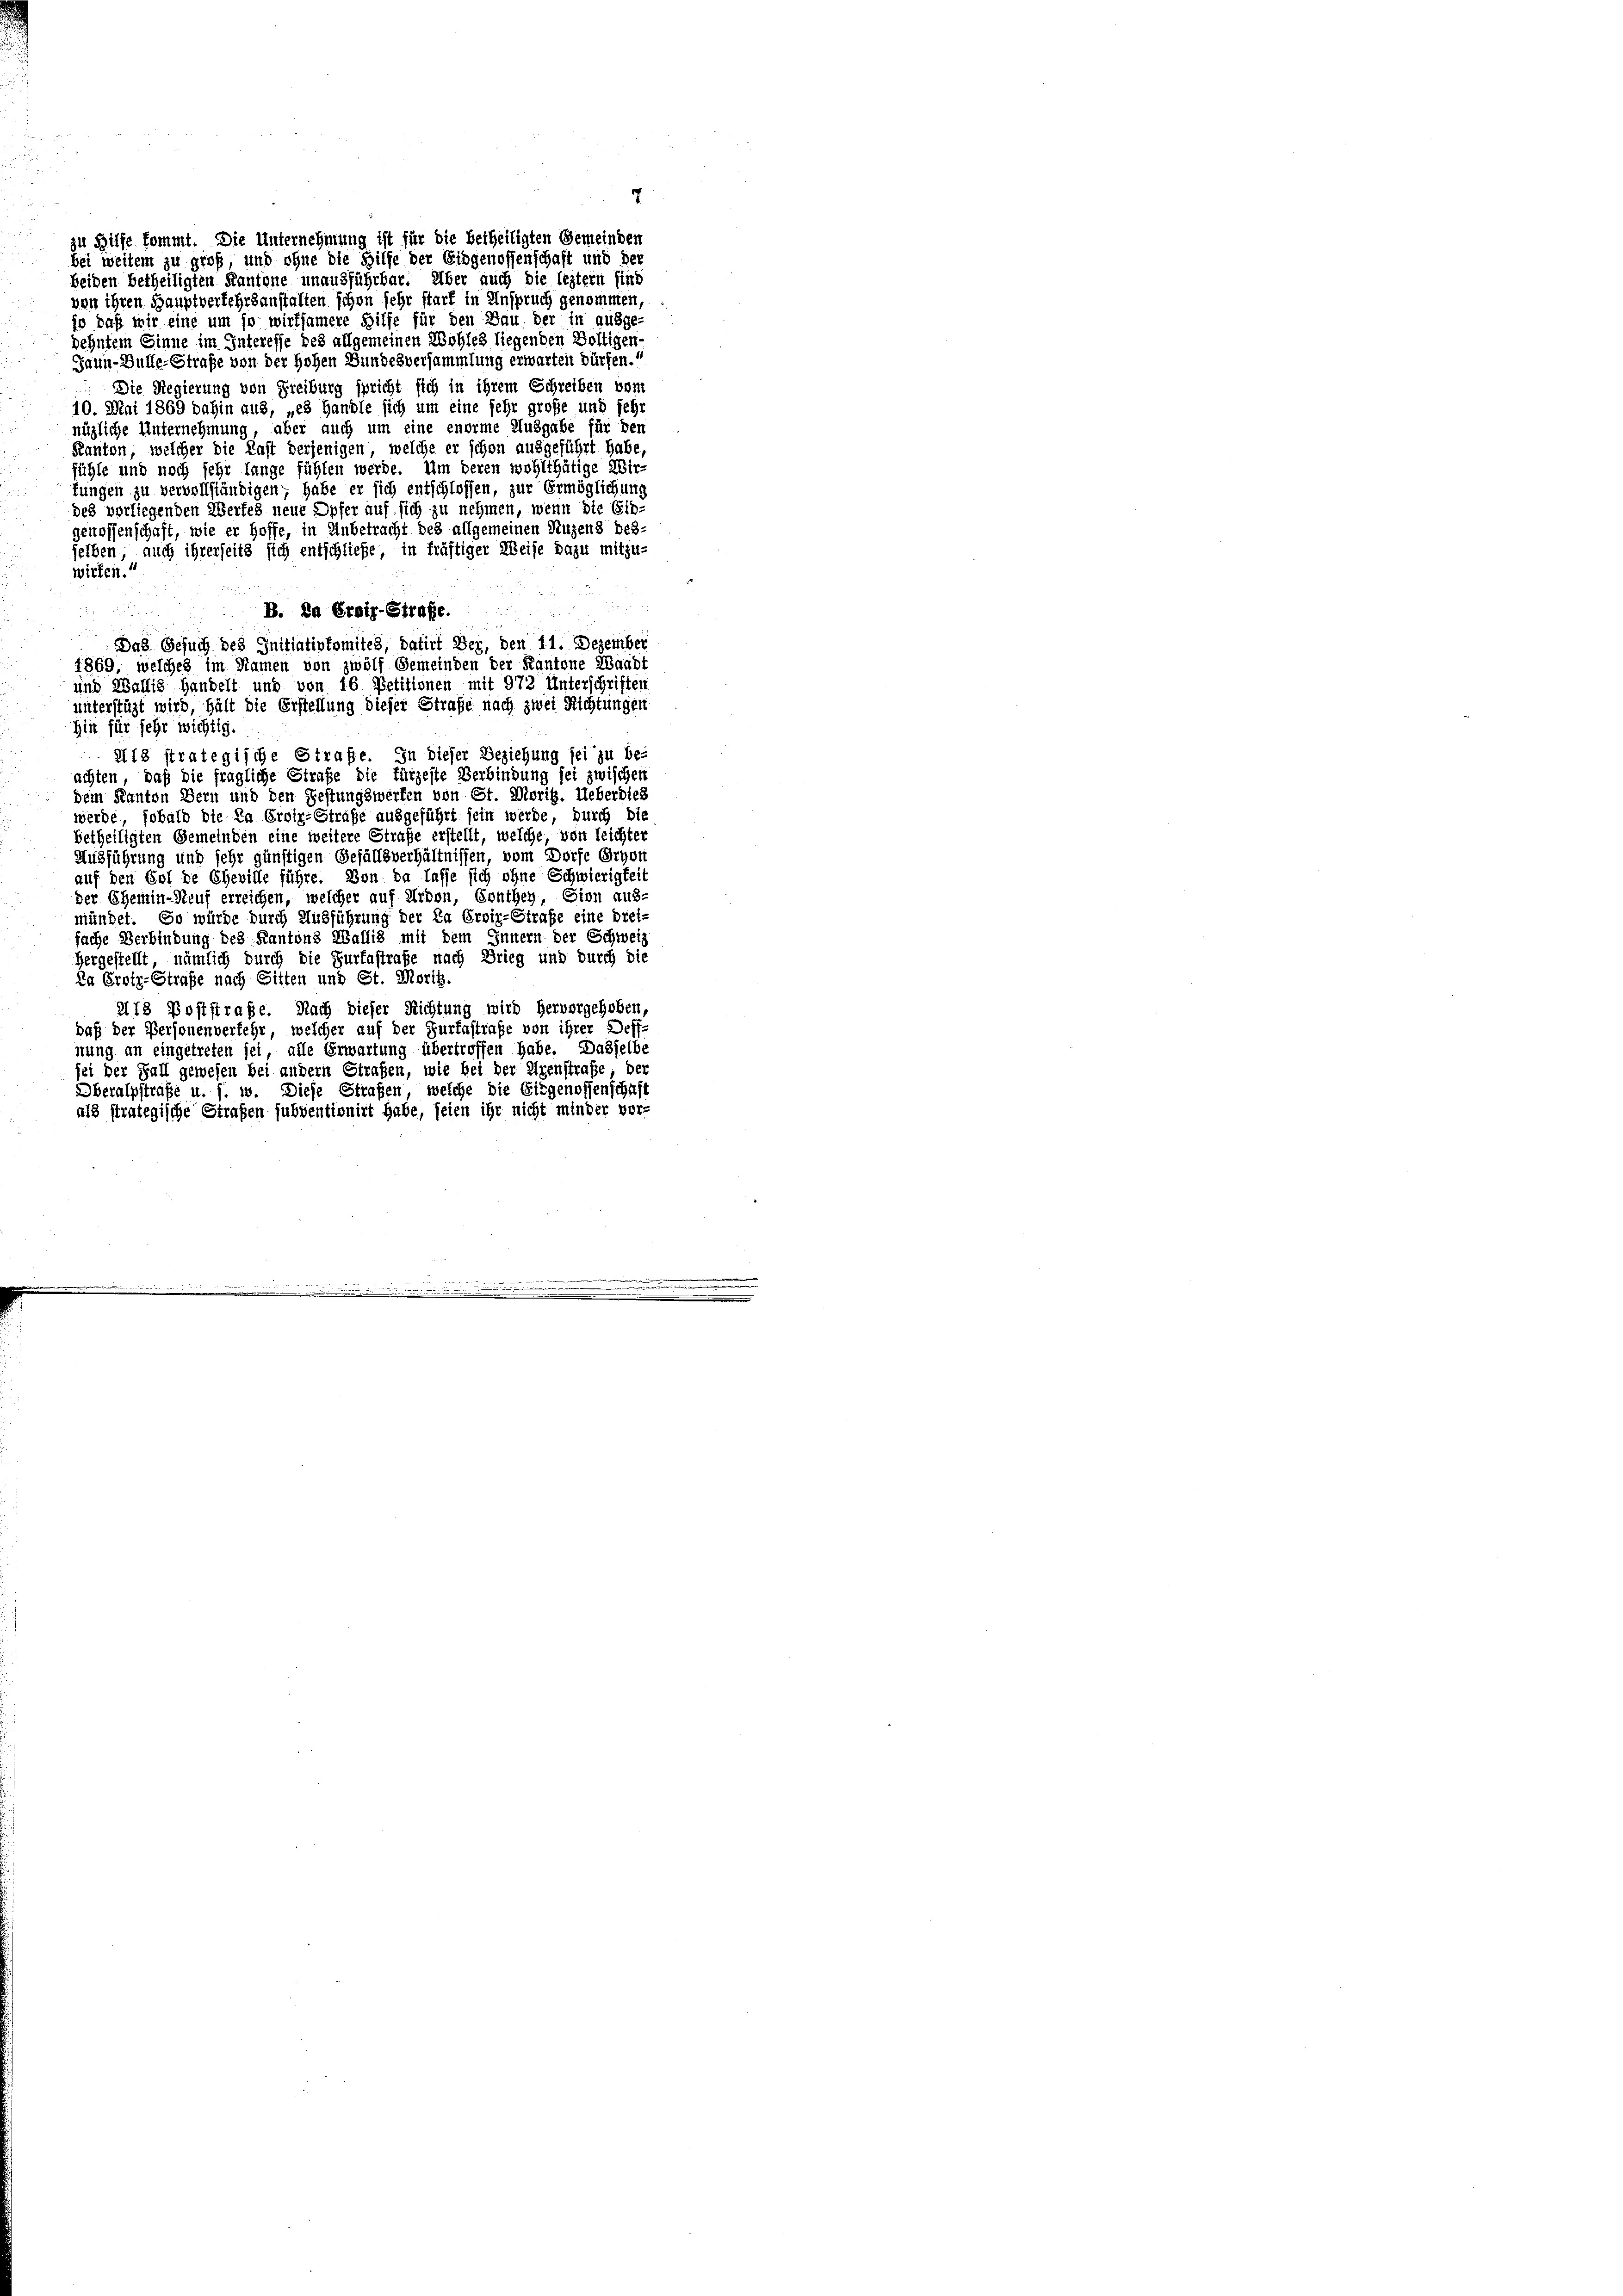
zu Hilfe kommt. Die Unternehmung ist für die betheiligten Gemeinden
bei weitem zu groß, und ohn
beiden betheiligten Kantone unausführbar. Über auch die leztern sind
von ihren Hauptverkehrsanstalten schon sehr stark in Anspruch genommen,
jo daß wir eine um so wirksamere Hilfe für den Bau der in ausge-
dehntem Sinne im Interesse des allgemeinen Wohles liegenden Voltigen-
Jaun-Bülle-Strafe von der Hohen Bundesversammlung erwarten dürfen.
 Die Regierung von Freiburg spricht sich in ihrem Schreiben vom
10. Mai 1869 dahin aus, „es Handle sich um eine sehr große und sehr
nügliche Unternehmung, aber auch um eine enorme Ausgabe für den
Kanton, welcher die Last derjenigen, welche er schon ausgeführt habe,
fühle und noch sehr lange fühlen werde. Um deren wohlthätige Wir-
tungen zu vervollständigen, habe er sich entschlossen, zur Ermöglichung
des vorliegenden Wertes neue Opfer auf sich zu nehmen, wenn die Ein-
genossenschaft, wie er hoffe, in Unbetracht des allgemeinen Nuzens bes
selben, auch ihrerseits sich entschließe, in kräftiger Weise dazu mitzu-
wirken.“
i
e
B. Da Eroiz-Strafe.
Das Gesuch des Initiativkomites, datirt der, den 11. Dezember
1869, welches im Namen von zwölf Gemeinden der Kantone Waadt
und Wallis Handelt und von 16 Petitionen mit 972 Unterschriften
unterstüzt wird, hält die Erstellung dieser Strafe nach zwei Richtungen
hin für sehr wichtig.
Als strategische Strafe. In dieser Beziehung sei zu be-
achten, daß die fragliche Straße die fürzeste Verbindung sei zwischen
dem Kanton Bern und den Festungswerfen von St. Moris. Ueberdies
werde, sobald die Da Eroiz-Straße ausgeführt sein werde, durch die
betheiligten Gemeinden eine weitere Straße erstellt, welche, von leichter
Ausführung und sehr günstigen Gefällsverhältnissen, vom Dorfe Orgen
auf den Gol de Eheville führe. Von da lasse sich ohne Schwierigkeit
der Ehemin-Heuf erreichen, welcher auf Arbon, Conthey, Sion aus-
mündet. So würde durch Ausführung der Da Erviz-Straße eine Drei-
fache Verbindung des Kantons Wallis mit dem Innern der Schweiz
hergestellt, nämlich durch die Furtastrafe nach Brieg und durch die
Da Eroir-Straße nach Sitten und St. Morig.
218 Poststraße. Nach dieser Richtung wird hervorgehoben,
daß der Personenverfehr, welcher auf der Zurfestrafe von ihrer Deff-
nung an eingetreten sei, alle Erwartung übertroffen habe. Dasselbe
sei der Fall gewesen bei andern Strafen, wie bei der Eigenstrafe; der
Oberalpstraße u. s. w. Diese Strafen, welche die Eidgenossenschaft
als strategische Strafen subventionirt habe, seien ihr nicht minder vor-

die Hilfe der Eidgenossenschaft und der